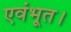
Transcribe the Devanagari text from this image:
एवंभूत।